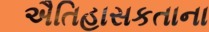
ઐતિહાસકતાના